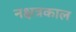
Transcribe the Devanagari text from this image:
नक्षत्रकाल